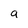
Character: a